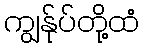
ကျွန်ုပ်တို့ထံ